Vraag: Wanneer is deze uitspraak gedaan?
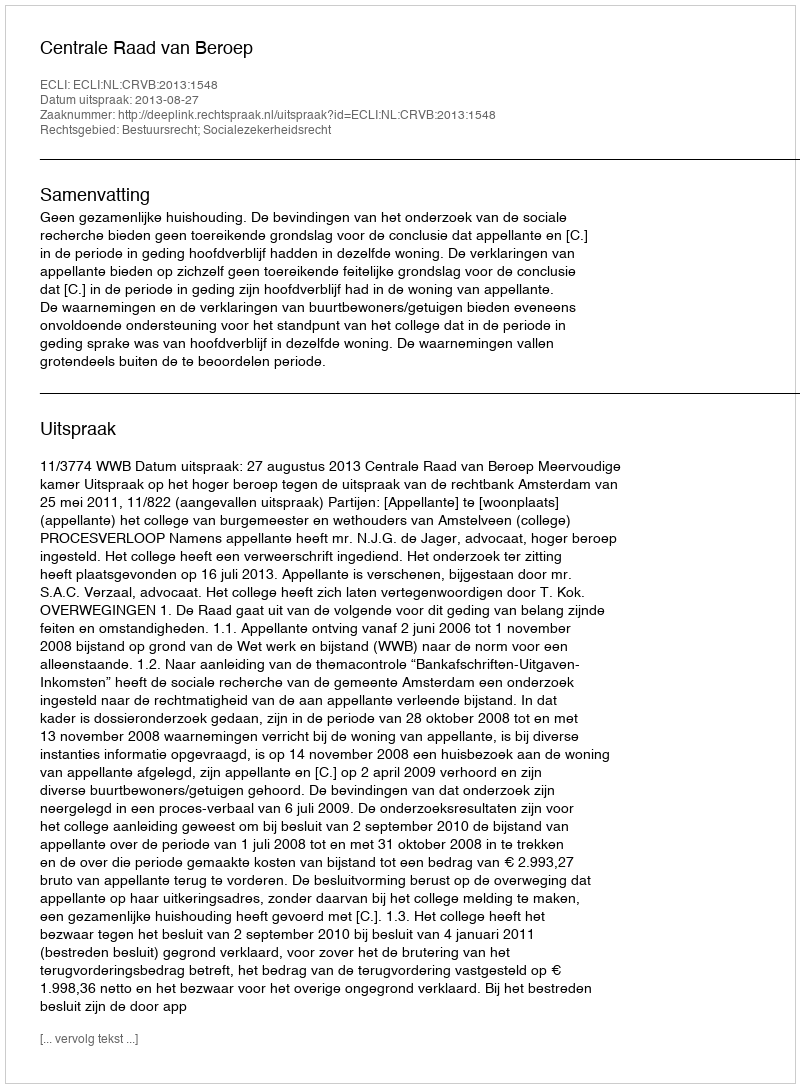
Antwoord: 2013-08-27